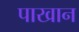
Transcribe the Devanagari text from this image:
पाखान